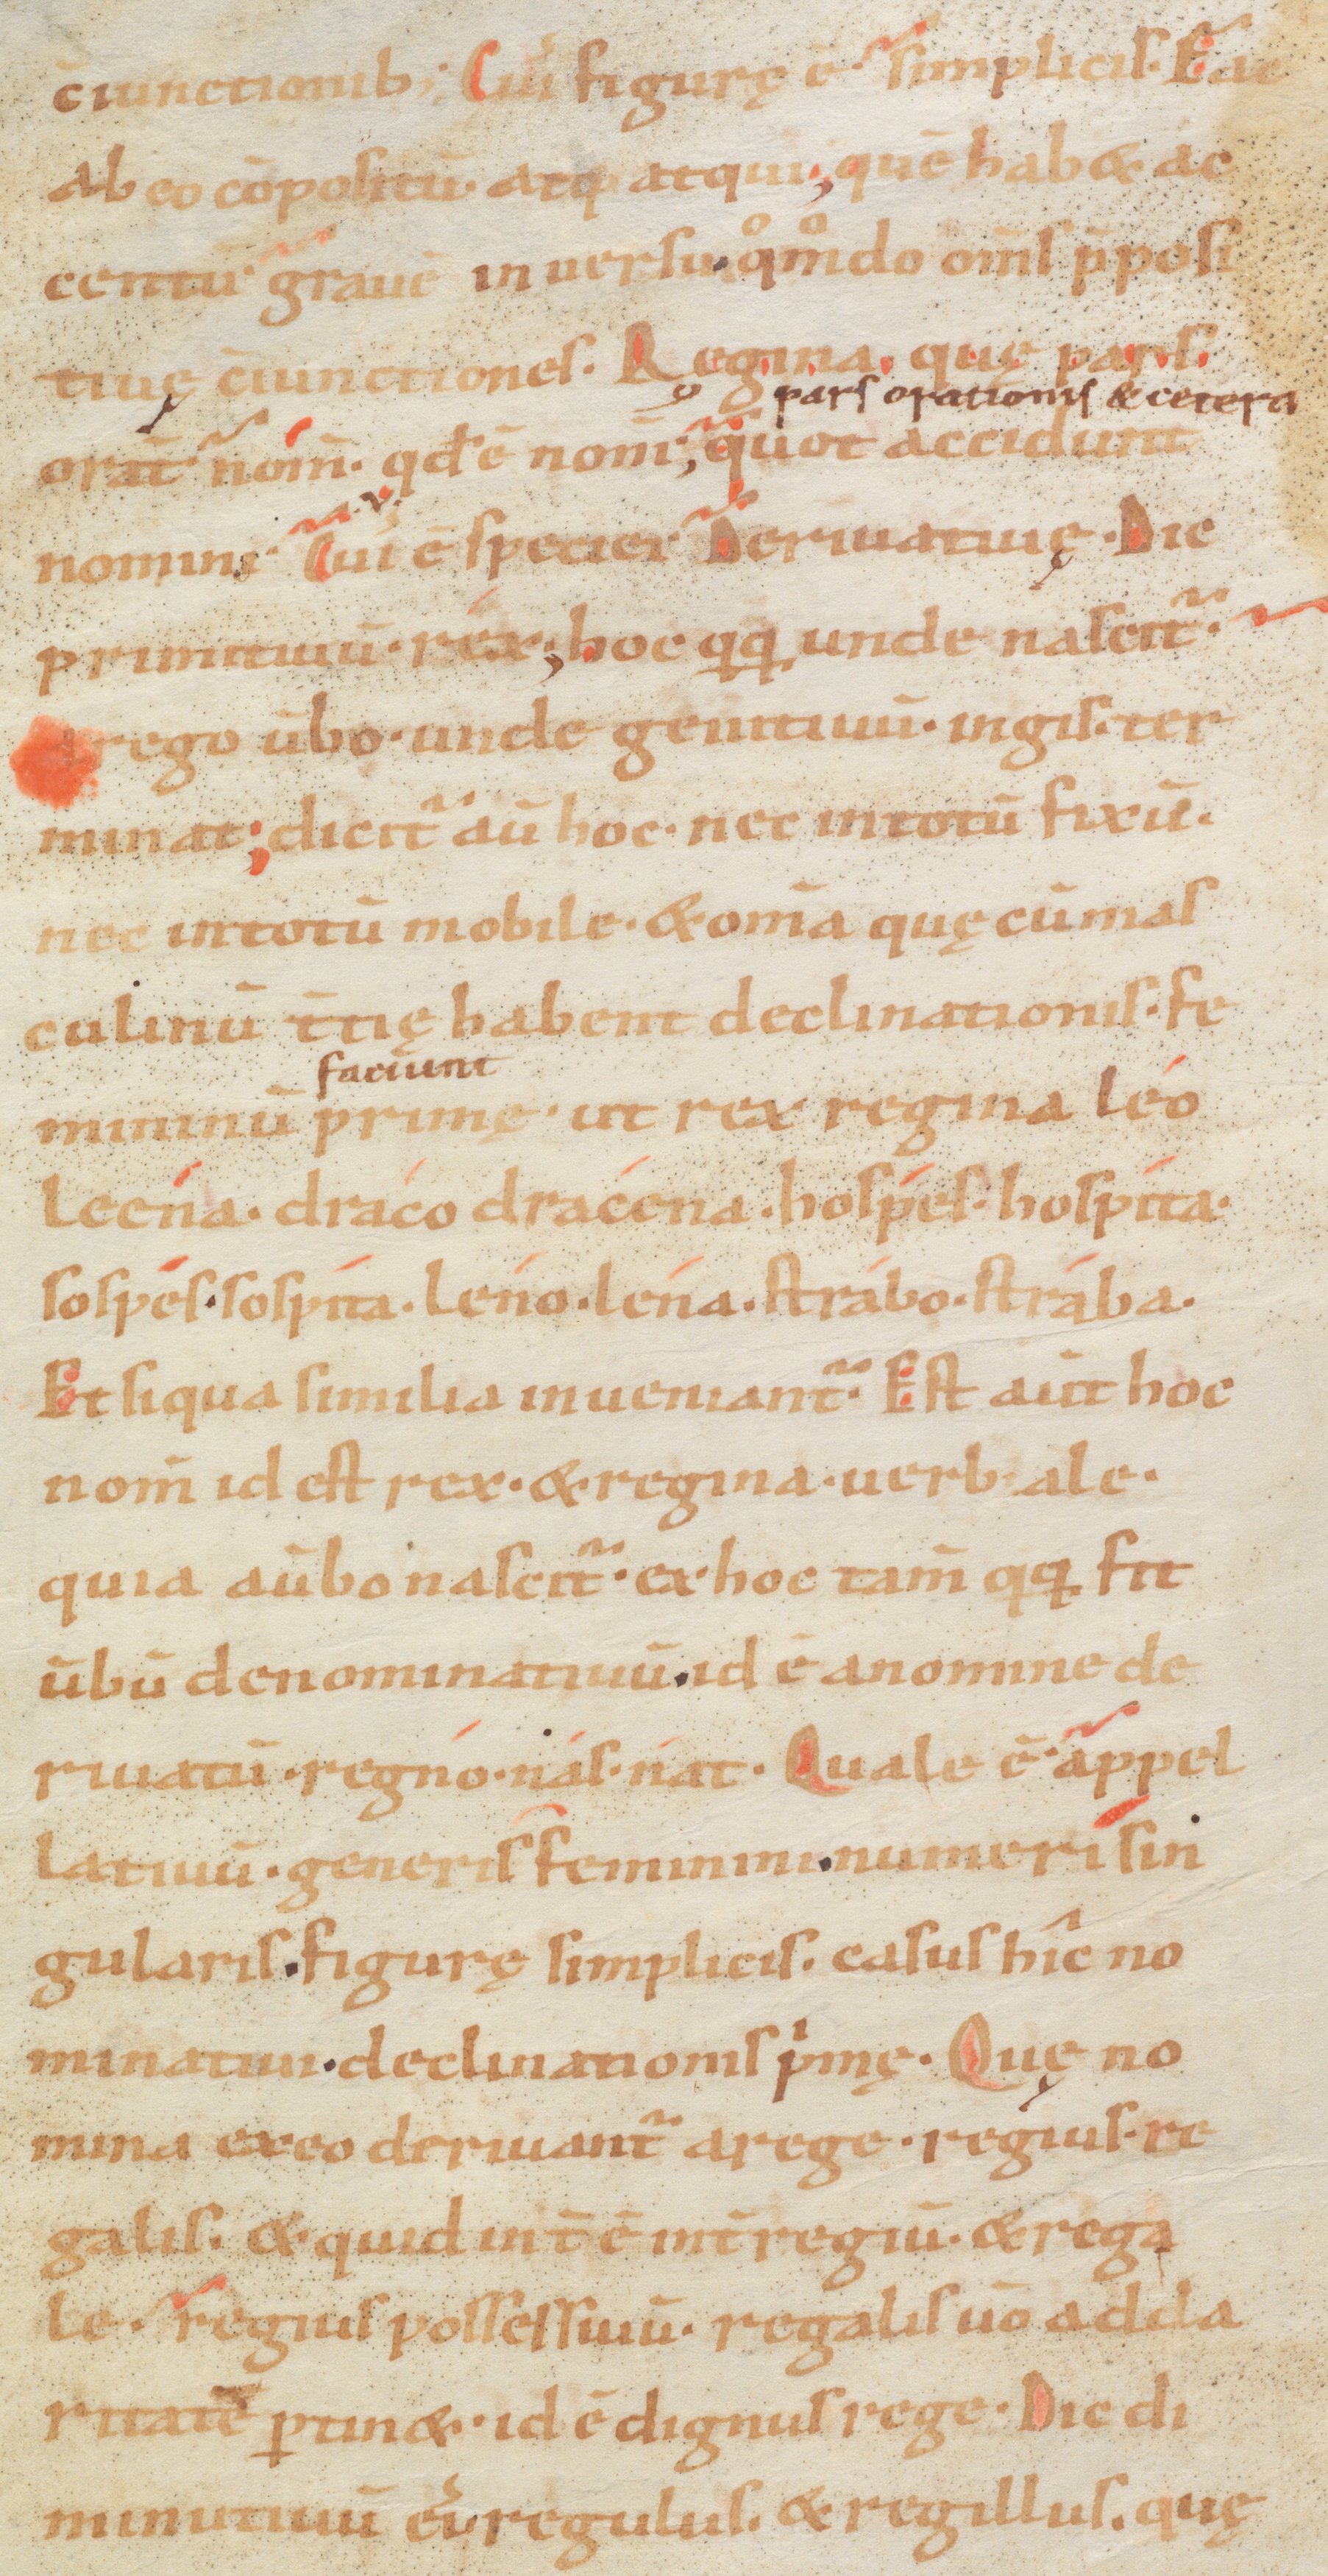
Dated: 833–865